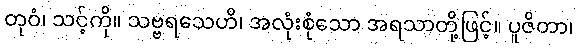
တုဝံ၊ သင့်ကို။ သဗ္ဗရသေဟိ၊ အလုံးစုံသော အရသာတို့ဖြင့်။ ပူဇိတာ၊